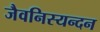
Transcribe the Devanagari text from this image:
जैवनिस्यन्दन